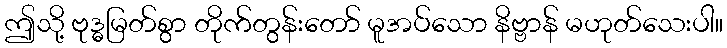
ဤသို့ ဗုဒ္ဓမြတ်စွာ တိုက်တွန်းတော် မူအပ်သော နိဗ္ဗာန် မဟုတ်သေးပါ။